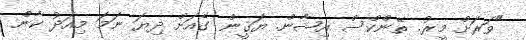
"ވަރަށް މީރު. ތޭންކްސް އިޝާން. ޔަޤީން ގެއަށް ދިޔަ ނަމަ މިއަދު ކާން